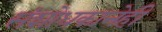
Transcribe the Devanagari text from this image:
संशोधकानेही